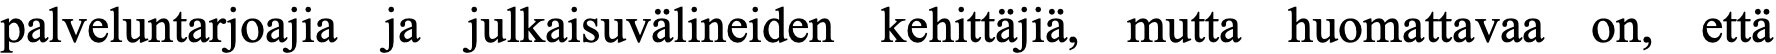
palveluntarjoajia ja julkaisuvälineiden kehittäjiä, mutta huomattavaa on, että